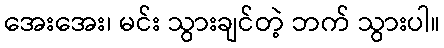
အေးအေး၊ မင်း သွားချင်တဲ့ ဘက် သွားပါ။